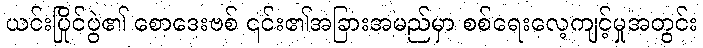
ယင်းပြိုင်ပွဲ၏ စောဒေးဗစ် ၎င်း၏အခြားအမည်မှာ စစ်ရေးလေ့ကျင့်မှုအတွင်း